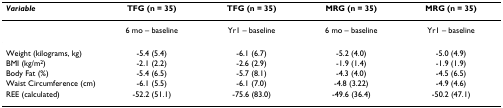
<table><thead><tr><td><b><i>Variable</i></b></td><td><b>TFG (n = 35)</b></td><td><b>TFG (n = 35)</b></td><td><b>MRG (n = 35)</b></td><td><b>MRG (n = 35)</b></td></tr></thead><tbody><tr><td></td><td>6 mo – baseline</td><td>Yr1 – baseline</td><td>6 mo – baseline</td><td>Yr1 – baseline</td></tr><tr><td>Weight (kilograms, kg)</td><td>-5.4 (5.4)</td><td>-6.1 (6.7)</td><td>-5.2 (4.0)</td><td>-5.0 (4.9)</td></tr><tr><td>BMI (kg/m<sup>2</sup>)</td><td>-2.1 (2.2)</td><td>-2.6 (2.9)</td><td>-1.9 (1.4)</td><td>-1.9 (1.9)</td></tr><tr><td>Body Fat (%)</td><td>-5.4 (6.5)</td><td>-5.7 (8.1)</td><td>-4.3 (4.0)</td><td>-4.5 (6.5)</td></tr><tr><td>Waist Circumference (cm)</td><td>-6.1 (5.5)</td><td>-6.1 (7.0)</td><td>-4.8 (3.22)</td><td>-4.9 (4.6)</td></tr><tr><td>REE (calculated)</td><td>-52.2 (51.1)</td><td>-75.6 (83.0)</td><td>-49.6 (36.4)</td><td>-50.2 (47.1)</td></tr></tbody></table>